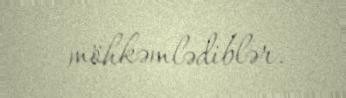
möhkəmlədiblər.